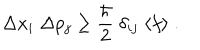
\Delta x _ { i } \; \Delta p _ { j } \ge \frac { \hbar } { 2 } \; \delta _ { i j } \; \langle f \rangle \; .